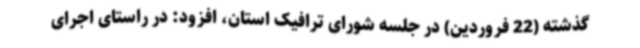
گذشته (22 فروردین) در جلسه شورای ترافیک استان، افزود: در راستای اجرای